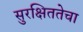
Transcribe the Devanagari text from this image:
सुरक्षिततेचा